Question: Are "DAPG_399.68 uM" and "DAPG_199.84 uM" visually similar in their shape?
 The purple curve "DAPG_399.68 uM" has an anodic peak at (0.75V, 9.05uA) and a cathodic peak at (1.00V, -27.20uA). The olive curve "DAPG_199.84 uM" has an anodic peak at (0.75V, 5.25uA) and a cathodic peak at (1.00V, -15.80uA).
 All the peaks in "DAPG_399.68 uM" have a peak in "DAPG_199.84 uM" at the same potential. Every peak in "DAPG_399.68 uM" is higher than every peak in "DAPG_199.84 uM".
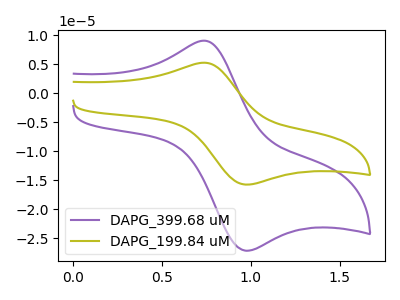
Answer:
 <answer>"DAPG_399.68 uM" and "DAPG_199.84 uM" are similar in shape.</answer>
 <eval>same_shape</eval>